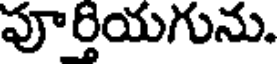
పూర్తియగును.